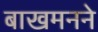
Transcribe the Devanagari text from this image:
बाखमनने